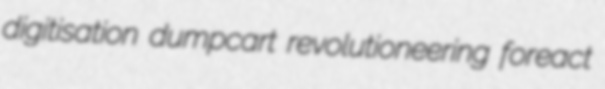
digitisation dumpcart revolutioneering foreact